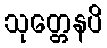
သုတ္တေနပိ